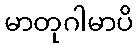
မာတုဂါမာပိ